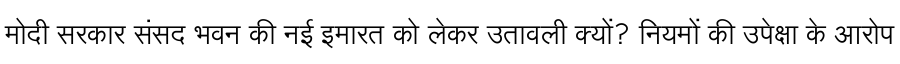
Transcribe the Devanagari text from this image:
मोदी सरकार संसद भवन की नई इमारत को लेकर उतावली क्यों? नियमों की उपेक्षा के आरोप